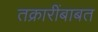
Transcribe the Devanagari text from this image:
तक्रारींबाबत